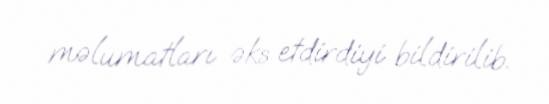
məlumatları əks etdirdiyi bildirilib.